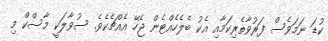
ކުޑަ ނަމަވެސް ފަރުވާތެރިކަމާއި އެކު ބެލެހެއްޓެން ޖެހޭ އެއްޗެކެވެ. ސުވާލަކީ މާސްކް މި